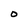
Character: O